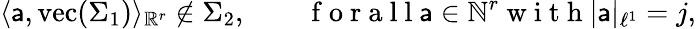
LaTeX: \langle\mathsf{a},\mathrm{vec}(\Sigma_{1})\rangle_{\mathbb{R}^{r}}\notin\Sigma_{2},\qquad\mathrm{~f~o~r~a~l~l~}\mathsf{a}\in\mathbb{N}^{r}\mathrm{~w~i~t~h~}|\mathsf{a}|_{\ell^{1}}=j,